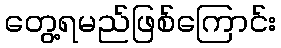
တွေ့ရမည်ဖြစ်ကြောင်း